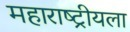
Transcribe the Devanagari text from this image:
महाराष्ट्रीयला